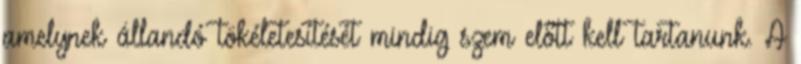
amelynek állandó tökéletesítését mindig szem előtt kell tartanunk. A